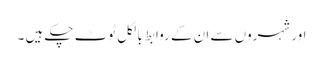
اور شہروں سے ان کے روابط بالکل ٹوٹ چکے ہیں ۔